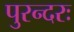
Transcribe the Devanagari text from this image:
पुरन्दरः